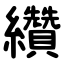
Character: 纘